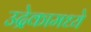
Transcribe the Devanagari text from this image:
उद्रेकामध्ये